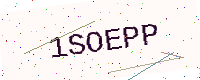
Text: 1SOEPP